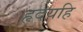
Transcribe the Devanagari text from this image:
हृदयहि